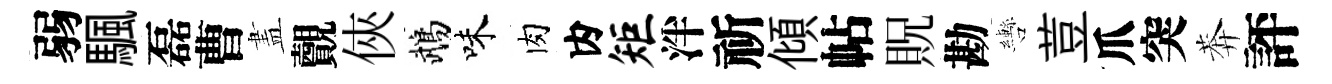
弱颿磊曹𥁞覿俠鵡味肉内矩泮祈傾帖貺勘轡荳爪突莾評